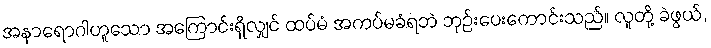
အနာရောဂါဟူသော အကြောင်းရှိလျှင် ထပ်မံ အကပ်မခံရဘဲ ဘုဉ်းပေးကောင်းသည်။ လူတို့ ခဲဖွယ်,